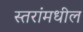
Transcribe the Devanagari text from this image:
स्तरांमधील